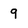
Character: 9